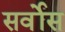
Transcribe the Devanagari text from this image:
सर्वोस